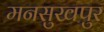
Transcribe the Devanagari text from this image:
मनसुखपुर